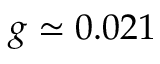
g \simeq 0 . 0 2 1